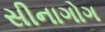
સીનાગોગ